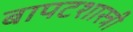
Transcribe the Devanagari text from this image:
बापटशास्त्री